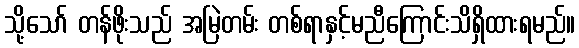
သို့သော် တန်ဖိုးသည် အမြဲတမ်း တစ်ရာနှင့်မညီကြောင်းသိရှိထားရမည်။